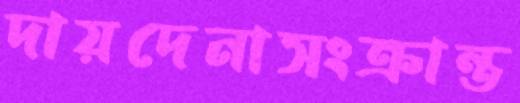
দায়দেনাসংক্রান্ত